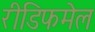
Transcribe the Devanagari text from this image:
रीडिफमेल